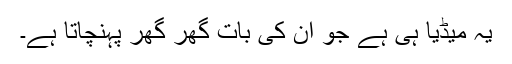
یہ میڈیا ہی ہے جو ان کی بات گھر گھر پہنچاتا ہے۔